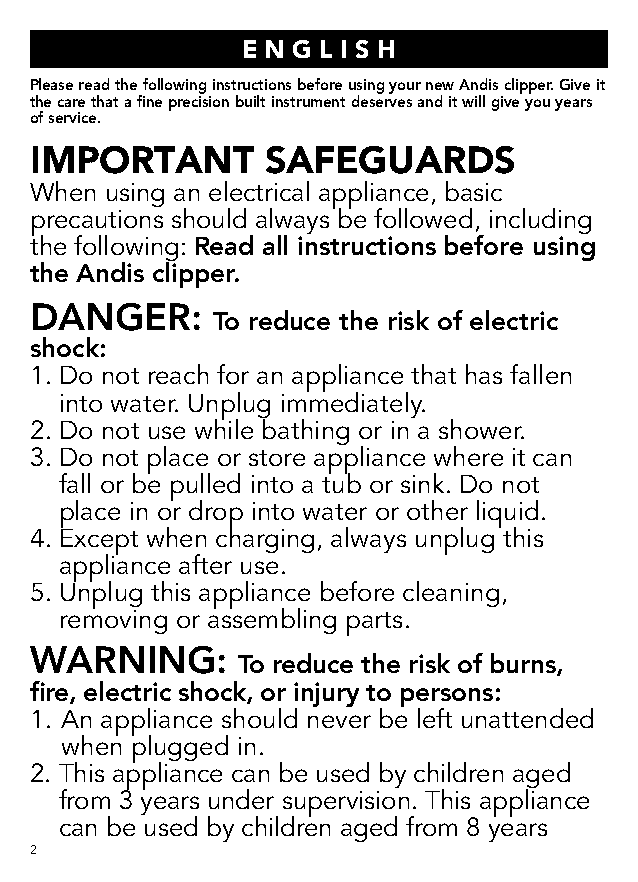
E N G L I S H
 Please read the following instructions before using your new Andis clipper. Give it
 the care that a fine precision built instrument deserves and it will give you years
 of service.
 IMPORTANT       SAFEGUARDS
 When using an electrical appliance, basic
 precautions should always be followed, including
 the following: Read all instructions before using
 the Andis clipper.
 DANGER:
 To reduce the risk of electric
 shock:
 1. Do not reach for an appliance that has fallen
 into water. Unplug immediately.
 2. Do not use while bathing or in a shower.
 3. Do not place or store appliance where it can
 fall or be pulled into a tub or sink. Do not
 place in or drop into water or other liquid.
 4. Except when charging, always unplug this
 appliance after use.
 5. Unplug this appliance before cleaning,
 removing or assembling parts.
 WARNING:
 To reduce the risk of burns,
 fire, electric shock, or injury to persons:
 1. An appliance should never be left unattended
 when plugged in.
 2. T his appliance can be used by children aged
 from 3 years under supervision. This appliance
 can be used by children aged from 8 years
 2